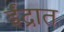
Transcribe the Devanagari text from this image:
ईंद्रात